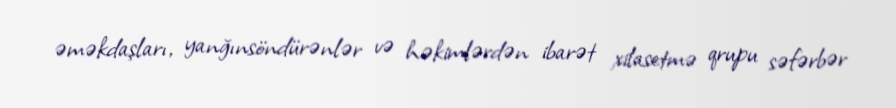
əməkdaşları, yanğınsöndürənlər və həkimlərdən ibarət xilasetmə qrupu səfərbər